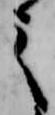
之